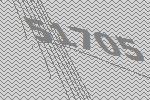
51705